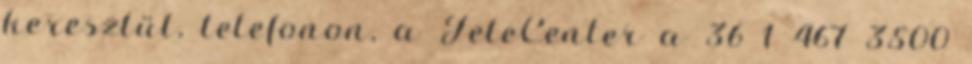
keresztül, telefonon, a TeleCenter a 36 1 467 3500